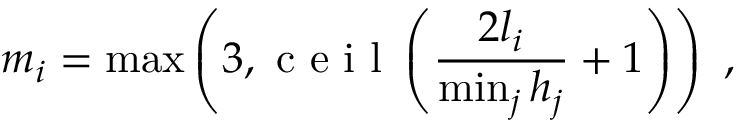
m _ { i } = \operatorname* { m a x } \left( 3 , \mathrm { ~ c ~ e ~ i ~ l ~ } \left( \frac { 2 l _ { i } } { \operatorname* { m i n } _ { j } h _ { j } } + 1 \right) \right) \ ,